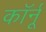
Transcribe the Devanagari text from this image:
कॉर्नू